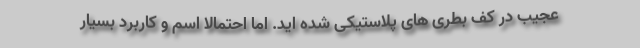
عجیب در کف بطری های پلاستیکی شده اید. اما احتمالاً اسم و کاربرد بسیار